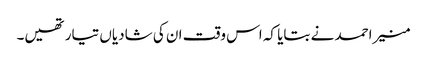
منیر احمد نے بتایا کہ اس وقت ان کی شادیاں تیار تھیں۔